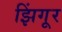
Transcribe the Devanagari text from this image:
झिंगूर